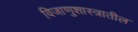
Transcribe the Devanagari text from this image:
विजाणुशास्त्रातील